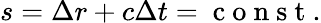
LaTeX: s=\Delta r+c\Delta t=\mathrm{~c~o~n~s~t~}.